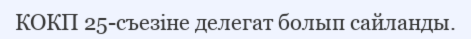
КОКП 25-съезіне делегат болып сайланды.